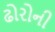
ઢોરોની